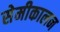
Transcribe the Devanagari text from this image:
सेमीकालन